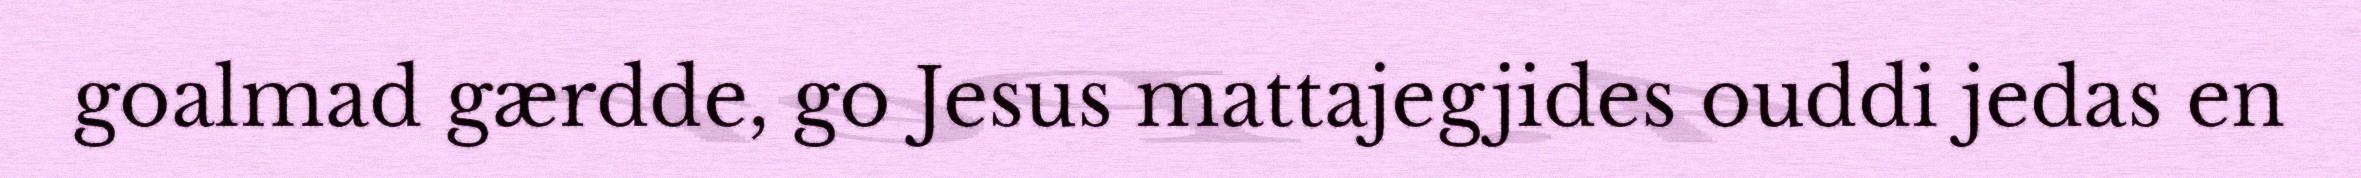
goalmad gærdde, go Jesus mattajegjides ouddi jedas en